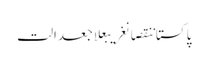
پاکستاننقصانغریبعلاجعدالت